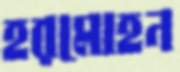
হরমোহন